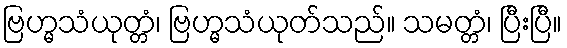
ဗြဟ္မသံယုတ္တံ၊ ဗြဟ္မသံယုတ်သည်။ သမတ္တံ၊ ပြီးပြီ။